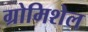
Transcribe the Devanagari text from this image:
ग्रोमिशेल